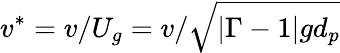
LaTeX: v^{\ast}=v/U_{g}=v/\sqrt{|\Gamma-1|gd_{p}}